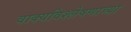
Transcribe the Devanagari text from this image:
वाक्यविश्लेषणाच्या